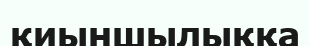
қиыншылыққа